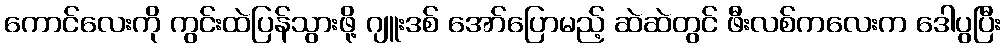
ကောင်လေးကို ကွင်းထဲပြန်သွားဖို့ ဂျူးဒစ် အော်ပြောမည့် ဆဲဆဲတွင် ဖီးလစ်ကလေးက ဒေါပွပြီး